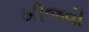
ખીજવી